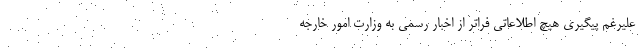
علیرغم پیگیری هیچ اطلاعاتی فراتر از اخبار رسمی به وزارت امور خارجه